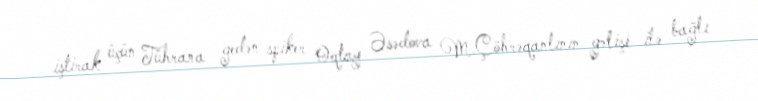
iştirak üçün Tührana gedən spiker Oqtay Əsədova M.Çöhrəqanlının gəlişi ilə bağlı